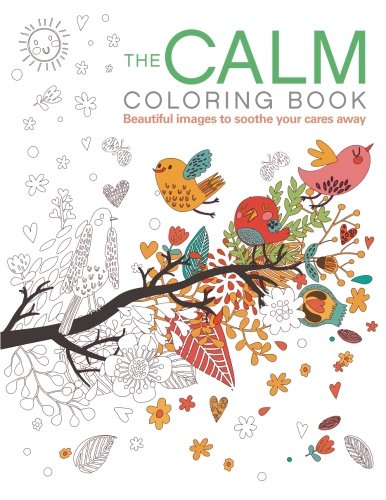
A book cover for The Calm Coloring Book (Chartwell Coloring Books); Patience Coster; Humor & Entertainment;